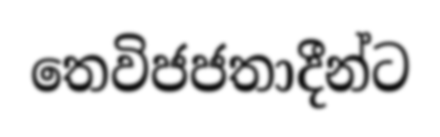
තෙවිජජතාදීන්ට